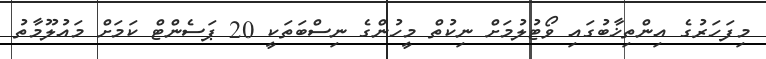
މިފަހަރުގެ އިންތިޚާބުގައި ވޯޓުލުމަށް ނިކުތް މީހުންގެ ނިސްބަތަކީ 20 ޕަސެންޓް ކަމަށް މައުލޫމާތު